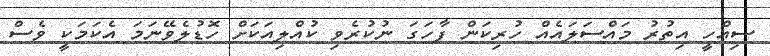
ސިއްހީ އިތުރު މައްސަލައެއް ހުރިކަން ފާހަގަ ނުކުރެވި ކުއްލިއަކަށް ހޮޑުލެވޭނަމަ އެކަމަކީ ވެސް